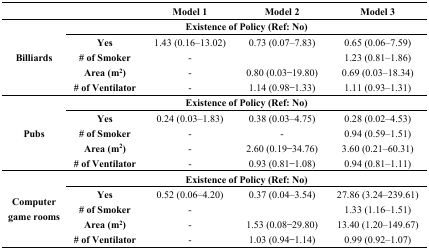
<table><thead><tr><td></td><td></td><td><b>Model 1</b></td><td><b>Model 2</b></td><td><b>Model 3</b></td></tr></thead><tbody><tr><td rowspan="5"><b>Billiards</b></td><td colspan="4"><b>Existence of Policy (Ref: No)</b></td></tr><tr><td><b>Yes</b></td><td>1.43 (0.16–13.02)</td><td>0.73 (0.07–7.83)</td><td>0.65 (0.06–7.59)</td></tr><tr><td><b># of Smoker</b></td><td>-</td><td></td><td>1.23 (0.81–1.86)</td></tr><tr><td><b>Area (m<sup>2</sup>)</b></td><td>-</td><td>0.80 (0.03–19.80)</td><td>0.69 (0.03–18.34)</td></tr><tr><td><b># of Ventilator</b></td><td>-</td><td>1.14 (0.98–1.33)</td><td>1.11 (0.93–1.31)</td></tr><tr><td rowspan="5"><b>Pubs</b></td><td colspan="4"><b>Existence of Policy (Ref: No)</b></td></tr><tr><td><b>Yes</b></td><td>0.24 (0.03–1.83)</td><td>0.38 (0.03–4.75)</td><td>0.28 (0.02–4.53)</td></tr><tr><td><b># of Smoker</b></td><td>-</td><td>-</td><td>0.94 (0.59–1.51)</td></tr><tr><td><b>Area (m<sup>2</sup>)</b></td><td>-</td><td>2.60 (0.19–34.76)</td><td>3.60 (0.21–60.31)</td></tr><tr><td><b># of Ventilator</b></td><td>-</td><td>0.93 (0.81–1.08)</td><td>0.94 (0.81–1.11)</td></tr><tr><td rowspan="5"><b>Computer game rooms</b></td><td colspan="4"><b>Existence of Policy (Ref: No)</b></td></tr><tr><td><b>Yes</b></td><td>0.52 (0.06–4.20)</td><td>0.37 (0.04–3.54)</td><td>27.86 (3.24–239.61)</td></tr><tr><td><b># of Smoker</b></td><td>-</td><td></td><td>1.33 (1.16–1.51)</td></tr><tr><td><b>Area (m<sup>2</sup>)</b></td><td>-</td><td>1.53 (0.08–29.80)</td><td>13.40 (1.20–149.67)</td></tr><tr><td><b># of Ventilator</b></td><td>-</td><td>1.03 (0.94–1.14)</td><td>0.99 (0.92–1.07)</td></tr></tbody></table>